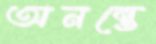
অনন্তে